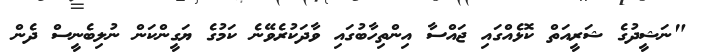
"ނަޝީދުގެ ޝަރީއަތް ކޮޅެއްގައި ޖައްސާ އިންތިހާބުގައި ވާދަކުރެވޭނެ ކަމުގެ ޔަގީންކަން ނުލިބެނީސް ދެން